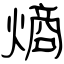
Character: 熵